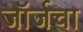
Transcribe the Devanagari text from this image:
जॉर्जचा